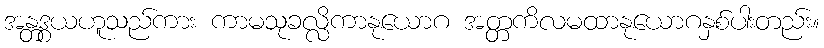
အန္တဒွယဟူသည်ကား ကာမသုခလ္လိကာနုယောဂ အတ္တကိလမထာနုယောဂနှစ်ပါးတည်း။